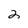
Character: 2